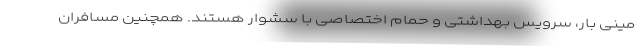
مینی بار، سرویس بهداشتی و حمام اختصاصی با سشوار هستند. همچنین مسافران